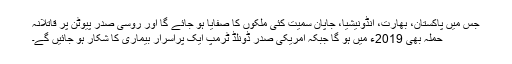
جس میں پاکستان، بھارت، انڈونیشیا، جاپان سمیت کئی ملکوں کا صفایا ہو جائے گا اور روسی صدر پیوٹن پر قاتلانہ
حملہ بھی 2019ء میں ہو گا جبکہ امریکی صدر ڈونلڈ ٹرمپ ایک پُراسرار بیماری کا شکار ہو جائیں گے۔